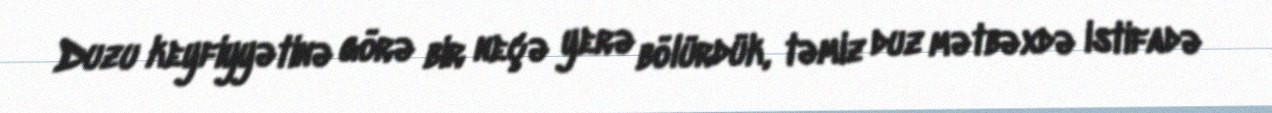
Duzu keyfiyyətinə görə bir neçə yerə bölürdük, təmiz duz mətbəxdə istifadə